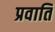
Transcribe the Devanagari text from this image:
प्रवाति